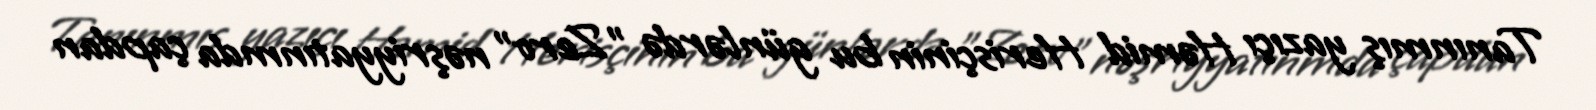
Tanınmış yazıçı Həmid Herisçinin bu günlərdə "Zero" nəşriyyatınmda çapdan